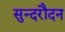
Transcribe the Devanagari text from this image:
सुन्दरौदन